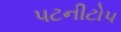
પટનીટોપ